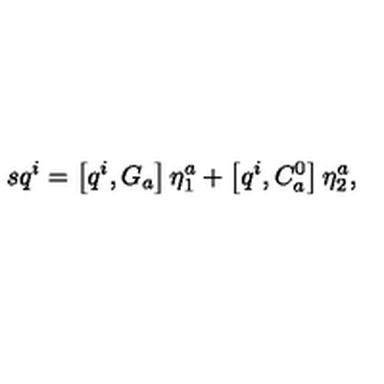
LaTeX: s q ^ { i } = \left[ q ^ { i } , G _ { a } \right] \eta _ { 1 } ^ { a } + \left[ q ^ { i } , C _ { a } ^ { 0 } \right] \eta _ { 2 } ^ { a } ,